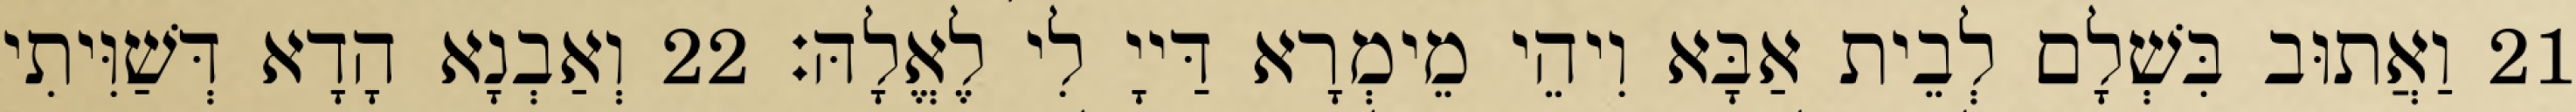
21 וַאֲתוּב בִּשְׁלָם לְבֵית אַבָּא וִיהֵי מֵימְרָא דַּייָ לִי לֶאֱלָהּ׃ 22 וְאַבְנָא הָדָא דְּשַׁוִּיתִי